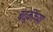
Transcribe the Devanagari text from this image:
बंदूकीच्या